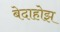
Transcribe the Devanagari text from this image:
बेदाहोझ